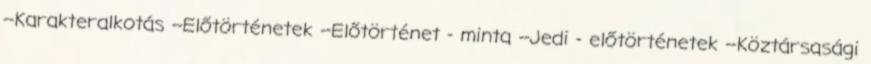
--Karakteralkotás --Előtörténetek --Előtörténet - minta --Jedi - előtörténetek --Köztársasági